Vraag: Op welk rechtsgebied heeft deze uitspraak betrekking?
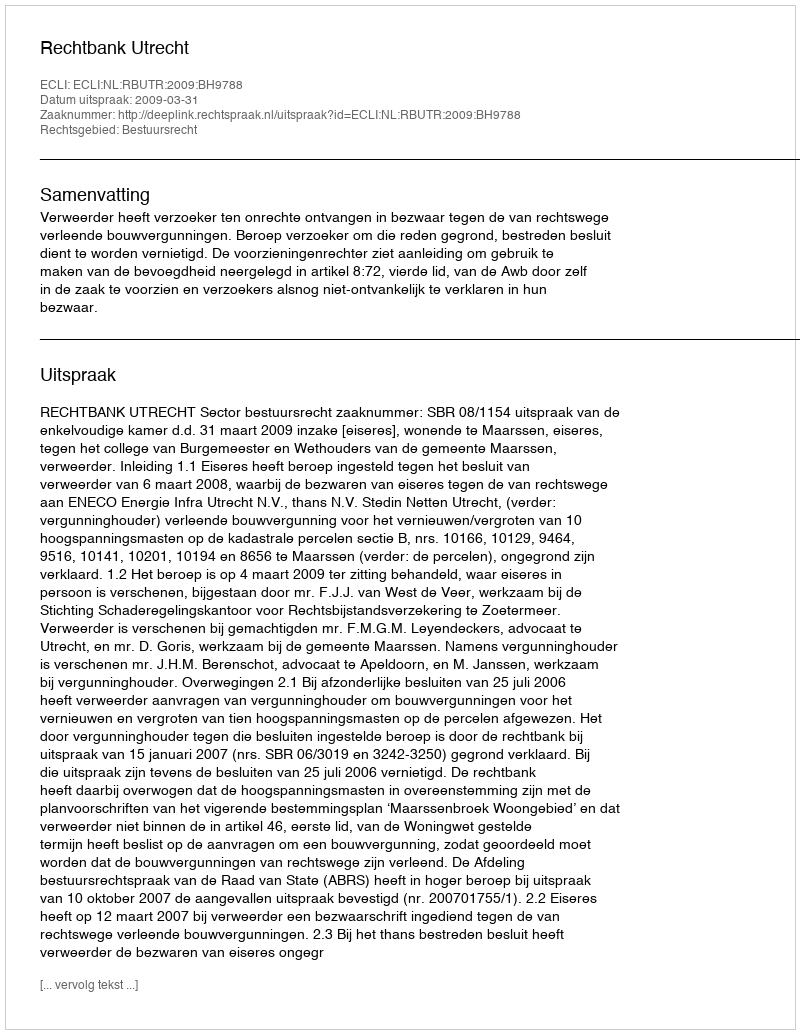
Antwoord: Bestuursrecht